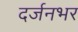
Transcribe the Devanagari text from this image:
दर्जनभर